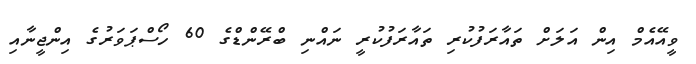
ވީއޭއެމް އިން އަލަށް ތައާރަފުކުރި ތައާރަފުކުރީ ނައްނި ބްރޭންޑްގެ 60 ހޯސްޕަވަރުގެ އިންޖީނާއި